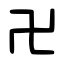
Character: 卍